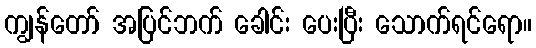
ကျွန်တော် အပြင်ဘက် ခေါင်း ပေးပြီး သောက်ရင်ရော။